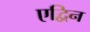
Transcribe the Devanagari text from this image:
एद्विन